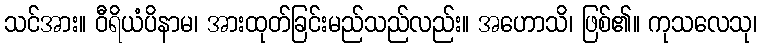
သင်အား။ ဝီရိယံပိနာမ၊ အားထုတ်ခြင်းမည်သည်လည်း။ အဟောသိ၊ ဖြစ်၏။ ကုသလေသု၊